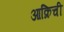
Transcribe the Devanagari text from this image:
आक्रिची